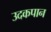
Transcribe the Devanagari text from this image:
उदकपान